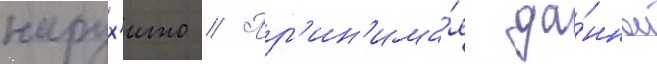
нарух'ито // Пр'ин'има́я да́нное